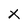
Character: X